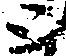
と